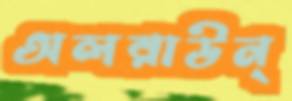
অলরাউন্